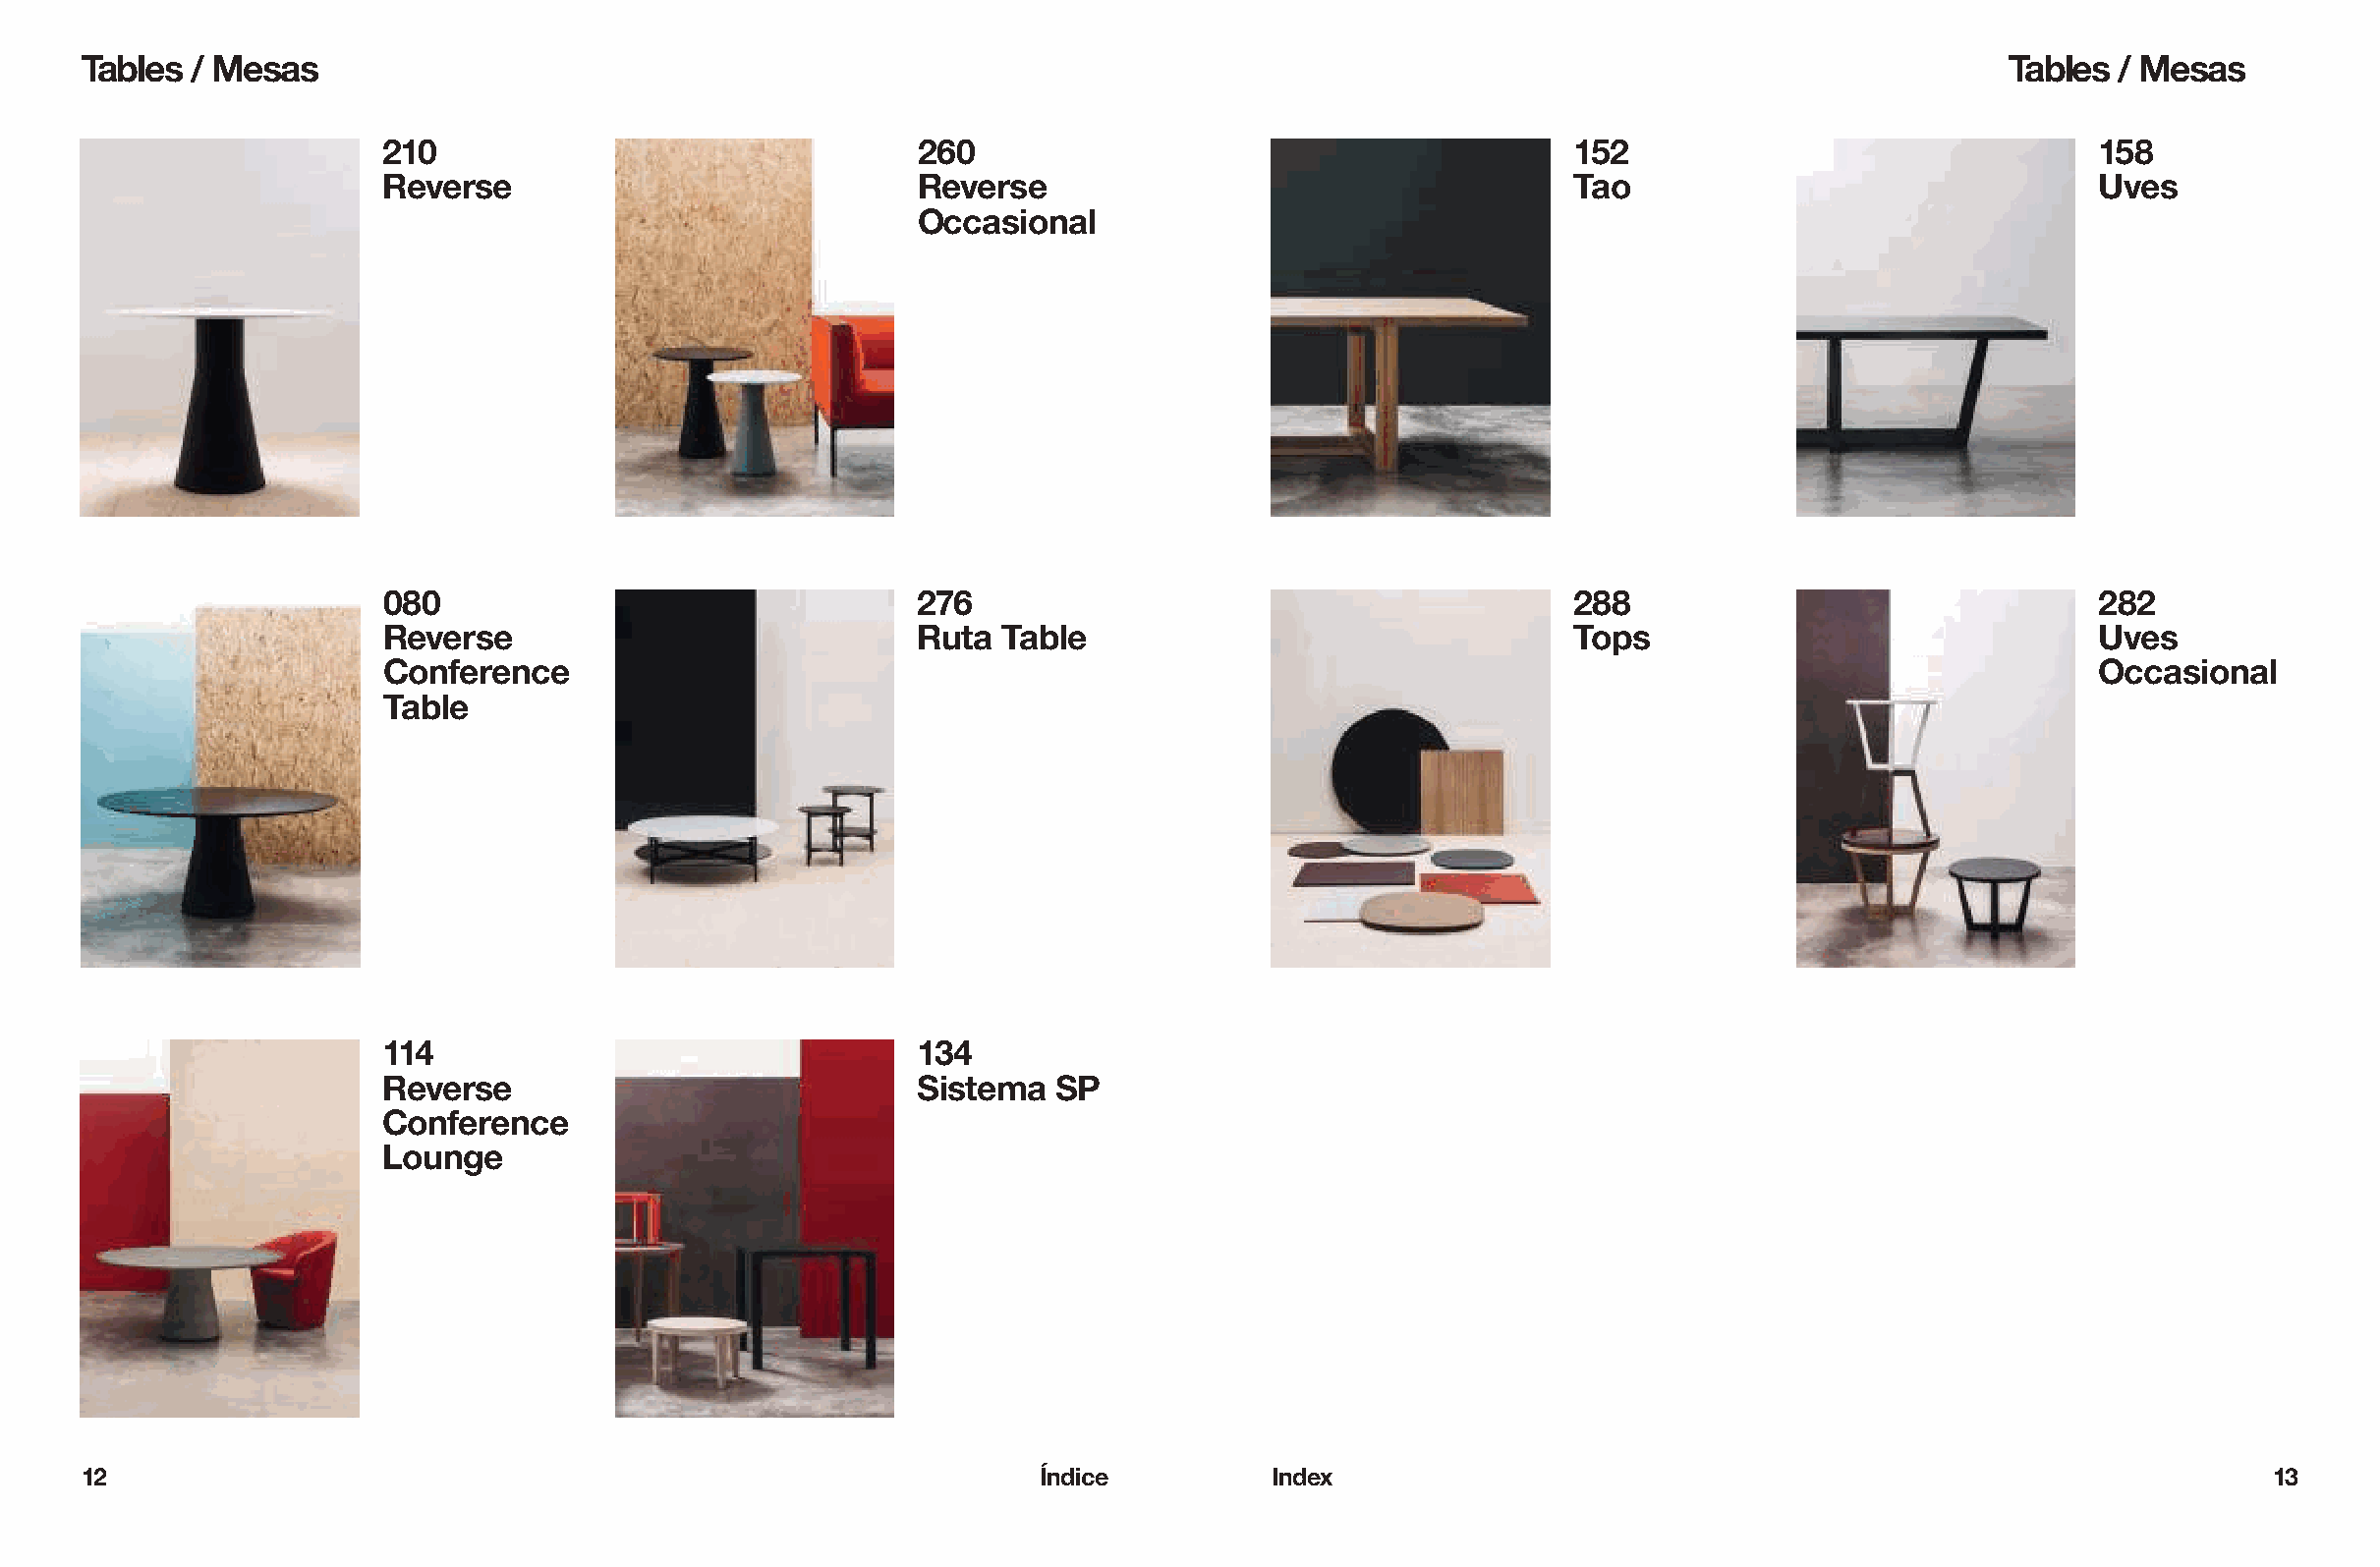
Tables  / Mesas                                                                                                                   Tables  / Mesas
 210                                 260                                         152                                158
 Reverse                             Reverse                                     Tao                                Uves
 Occasional
 080                                 276                                         288                                282
 Reverse                             Ruta Table                                  Tops                               Uves
 Conference                                                                                                         Occasional
 Table
 114                                 134
 Reverse                             Sistema  SP
 Conference
 Lounge
 12                                                               Índice          Index                                                              13